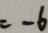
= - 6